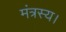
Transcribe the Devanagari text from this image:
मंत्रस्य।